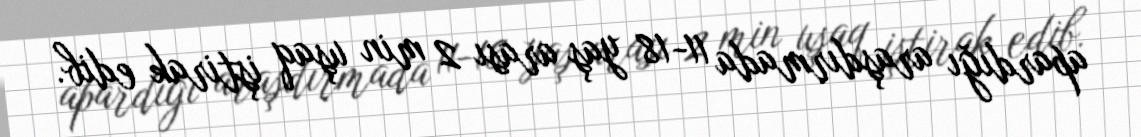
apardığı araşdırmada 11-18 yaş arası 2 min uşaq iştirak edib.